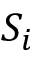
S _ { i }